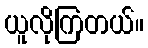
ယူလိုကြတယ်။